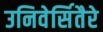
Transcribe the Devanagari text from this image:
उनिवेर्सितैरे